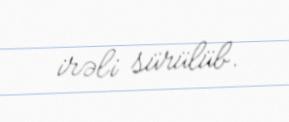
irəli sürülüb.